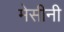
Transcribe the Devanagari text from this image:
मेसीनी